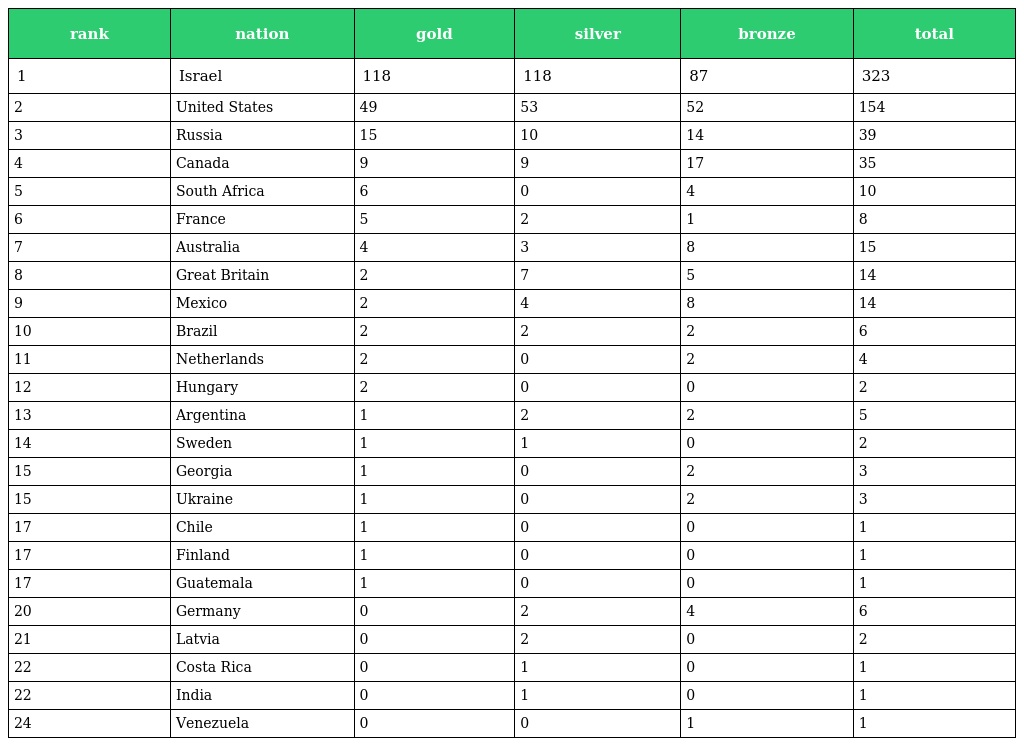
| rank | nation | gold | silver | bronze | total |
 | --- | --- | --- | --- | --- | --- |
 | 1 | Israel | 118 | 118 | 87 | 323 |
 | 2 | United States | 49 | 53 | 52 | 154 |
 | 3 | Russia | 15 | 10 | 14 | 39 |
 | 4 | Canada | 9 | 9 | 17 | 35 |
 | 5 | South Africa | 6 | 0 | 4 | 10 |
 | 6 | France | 5 | 2 | 1 | 8 |
 | 7 | Australia | 4 | 3 | 8 | 15 |
 | 8 | Great Britain | 2 | 7 | 5 | 14 |
 | 9 | Mexico | 2 | 4 | 8 | 14 |
 | 10 | Brazil | 2 | 2 | 2 | 6 |
 | 11 | Netherlands | 2 | 0 | 2 | 4 |
 | 12 | Hungary | 2 | 0 | 0 | 2 |
 | 13 | Argentina | 1 | 2 | 2 | 5 |
 | 14 | Sweden | 1 | 1 | 0 | 2 |
 | 15 | Georgia | 1 | 0 | 2 | 3 |
 | 15 | Ukraine | 1 | 0 | 2 | 3 |
 | 17 | Chile | 1 | 0 | 0 | 1 |
 | 17 | Finland | 1 | 0 | 0 | 1 |
 | 17 | Guatemala | 1 | 0 | 0 | 1 |
 | 20 | Germany | 0 | 2 | 4 | 6 |
 | 21 | Latvia | 0 | 2 | 0 | 2 |
 | 22 | Costa Rica | 0 | 1 | 0 | 1 |
 | 22 | India | 0 | 1 | 0 | 1 |
 | 24 | Venezuela | 0 | 0 | 1 | 1 |